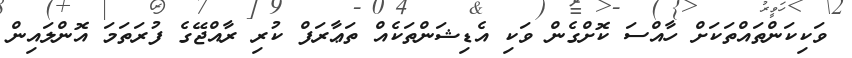
ވަކިކަންތައްތަކަށް ހާއްސަ ކޮށްގެން ވަކި އެޑިޝަންތަކެއް ތަޢާރަފް ކުރި ރާއްޖޭގެ ފުރަތަމަ އޮންލައިން